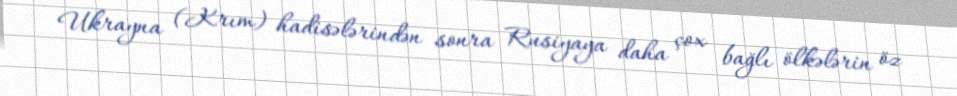
Ukrayna (Krım) hadisələrindən sonra Rusiyaya daha çox bağlı ölkələrin öz